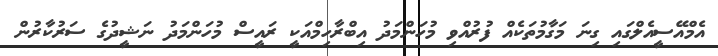
އެމްއޭސީއެލްގައި ގިނަ މަގާމުތަކެއް ފުރުއްވި މުހަންމަދު އިބްރާހިމްއަކީ ރައީސް މުހަންމަދު ނަޝީދުގެ ސަރުކާރުން